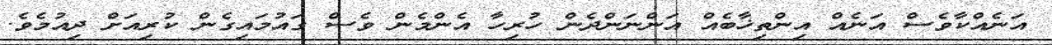
އަނެއްކާވެސް އަނެއް އިންތިޚާބެއް އަންނަންދެން ހުރިހާ އެންމެން ވެސް ގައުމައިގެން ކުރިއަށް ދިއުމެވެ.